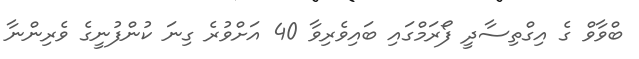
ބްވާވް ގެ އިގްތިސާދީ ފޯރަމްގައި ބައިވެރިވާ 40 އަށްވުރެ ގިނަ ކުންފުނީގެ ވެރިންނާ